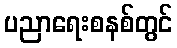
ပညာရေးစနစ်တွင်